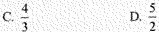
C.\frac{4}{3} D.\frac{5}{2}